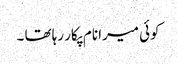
کوئی میرا نام پکار رہا تھا ۔